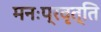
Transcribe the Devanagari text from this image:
मनःप्रवृत्ति